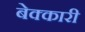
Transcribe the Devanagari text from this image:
बेक्कारी